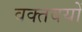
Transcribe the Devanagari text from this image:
वक्तवयों